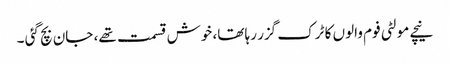
نیچے مولٹی فوم والوں کا ٹرک گزر رہا تھا، خوش قسمت تھے، جان بچ گئی ۔